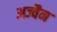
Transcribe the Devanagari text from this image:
अज्वैन